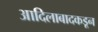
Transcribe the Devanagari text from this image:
आदिलाबादकडून